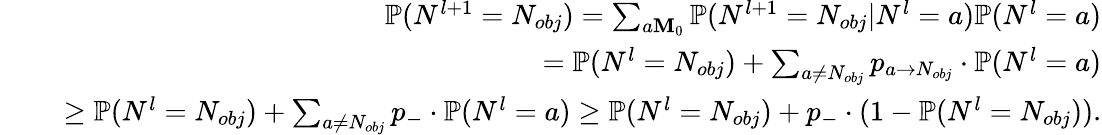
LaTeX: \begin{array}{rlr}&{\ }&{\mathbb{P}(N^{l+1}=N_{obj})=\sum_{a\le M_{0}}\mathbb{P}(N^{l+1}=N_{obj}|N^{l}=a)\mathbb{P}(N^{l}=a)}\\ &{\ }&{=\mathbb{P}(N^{l}=N_{obj})+\sum_{a\neq N_{obj}}p_{a\to N_{obj}}\cdot\mathbb{P}(N^{l}=a)}\\ &{\ }&{\ge\mathbb{P}(N^{l}=N_{obj})+\sum_{a\neq N_{obj}}p_{-}\cdot\mathbb{P}(N^{l}=a)\ge\mathbb{P}(N^{l}=N_{obj})+p_{-}\cdot(1-\mathbb{P}(N^{l}=N_{obj})).}\end{array}